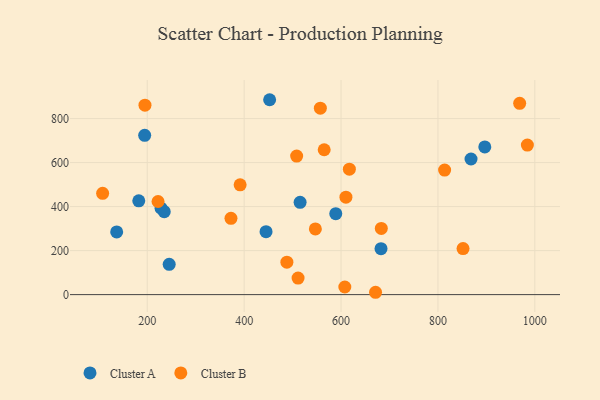
{"axis": {"x": "Speed", "y": "Salary"}, "legend": ["Cluster A", "Cluster B"], "data": [{"x": "445.2", "y": 285.9, "type": "Cluster A"}, {"x": "896.7", "y": 671.0, "type": "Cluster A"}, {"x": "228.5", "y": 392.9, "type": "Cluster A"}, {"x": "194.7", "y": 723.7, "type": "Cluster A"}, {"x": "235.1", "y": 376.8, "type": "Cluster A"}, {"x": "136.9", "y": 284.7, "type": "Cluster A"}, {"x": "245.3", "y": 137.7, "type": "Cluster A"}, {"x": "682.5", "y": 208.8, "type": "Cluster A"}, {"x": "452.6", "y": 885.7, "type": "Cluster A"}, {"x": "182.5", "y": 426.3, "type": "Cluster A"}, {"x": "868.3", "y": 616.4, "type": "Cluster A"}, {"x": "589.1", "y": 367.8, "type": "Cluster A"}, {"x": "515.5", "y": 419.2, "type": "Cluster A"}, {"x": "547.0", "y": 298.6, "type": "Cluster B"}, {"x": "508.4", "y": 629.7, "type": "Cluster B"}, {"x": "610.1", "y": 442.8, "type": "Cluster B"}, {"x": "107.9", "y": 460.4, "type": "Cluster B"}, {"x": "511.3", "y": 75.2, "type": "Cluster B"}, {"x": "557.3", "y": 847.3, "type": "Cluster B"}, {"x": "488.2", "y": 147.5, "type": "Cluster B"}, {"x": "372.8", "y": 346.7, "type": "Cluster B"}, {"x": "565.2", "y": 658.4, "type": "Cluster B"}, {"x": "391.7", "y": 498.9, "type": "Cluster B"}, {"x": "683.1", "y": 300.9, "type": "Cluster B"}, {"x": "607.8", "y": 34.5, "type": "Cluster B"}, {"x": "222.3", "y": 423.2, "type": "Cluster B"}, {"x": "984.6", "y": 679.8, "type": "Cluster B"}, {"x": "195.3", "y": 861.0, "type": "Cluster B"}, {"x": "813.8", "y": 565.9, "type": "Cluster B"}, {"x": "851.8", "y": 209.1, "type": "Cluster B"}, {"x": "671.2", "y": 10.6, "type": "Cluster B"}, {"x": "617.2", "y": 570.1, "type": "Cluster B"}, {"x": "968.7", "y": 869.3, "type": "Cluster B"}]}